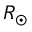
R _ { \odot }